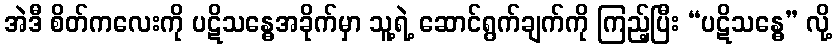
အဲဒီ စိတ်ကလေးကို ပဋိသန္ဓေအခိုက်မှာ သူ့ရဲ့ ဆောင်ရွက်ချက်ကို ကြည့်ပြီး “ပဋိသန္ဓေ” လို့